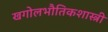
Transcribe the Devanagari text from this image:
खगोलभौतिकशास्त्री